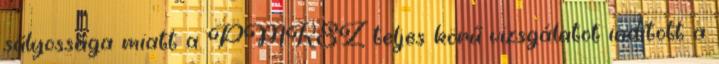
súlyossága miatt a PMKSZ teljes körű vizsgálatot indított a